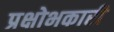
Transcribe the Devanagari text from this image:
प्रक्षोभकारी